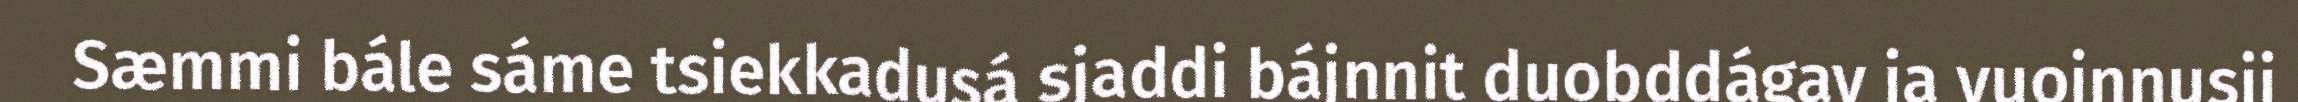
Sæmmi bále sáme tsiekkadusá sjaddi bájnnit duobddágav ja vuojnnusij